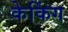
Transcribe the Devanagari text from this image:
केकिंग